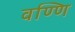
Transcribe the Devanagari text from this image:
वण्णि